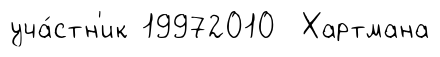
уча́стн'ик 19972010 Хартмана